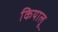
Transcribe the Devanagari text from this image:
कियालू